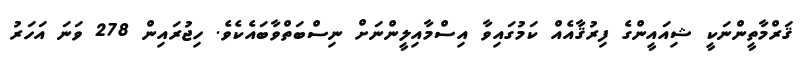
ޤަރްމާތީންނަކީ ޝިއައީންގެ ފިރުޤާއެއް ކަމުގައިވާ އިސްމާއިލީންނަށް ނިސްބަތްވާބައެކެވެ. ހިޖުރައިން 278 ވަނަ އަހަރު